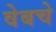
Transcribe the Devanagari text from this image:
वेबचे